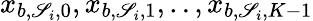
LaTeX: x_{b,\mathscr{S}_{i},0},x_{b,\mathscr{S}_{i},1},..,x_{b,\mathscr{S}_{i},K-1}